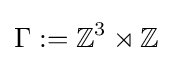
\Gamma :=\mathbb {Z} ^{3}\rtimes \mathbb {Z}